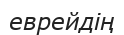
еврейдің